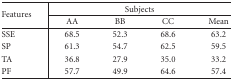
| <ROWSPAN=3> Features | <COLSPAN=4> Subjects |
 | AA | BB | CC | Mean |
 | --- | --- | --- | --- | --- |
 | SSE | 68.5 | 52.3 | 68.6 | 63.2 |
 | SP | 61.3 | 54.7 | 62.5 | 59.5 |
 | TA | 36.8 | 27.9 | 35.0 | 33.2 |
 | PF | 57.7 | 49.9 | 64.6 | 57.4 |